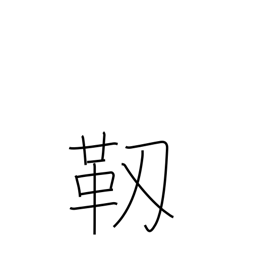
Meaning: pliable